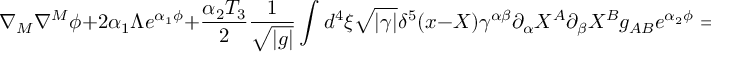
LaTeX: \nabla _ { M } \nabla ^ { M } \phi + 2 \alpha _ { 1 } \Lambda e ^ { \alpha _ { 1 } \phi } + \frac { \alpha _ { 2 } T _ { 3 } } { 2 } \frac { 1 } { \sqrt { | g | } } \int d ^ { 4 } \xi \sqrt { | \gamma | } \delta ^ { 5 } ( x - X ) \gamma ^ { \alpha \beta } \partial _ { \alpha } X ^ { A } \partial _ { \beta } X ^ { B } g _ { A B } e ^ { \alpha _ { 2 } \phi } = 0 ,